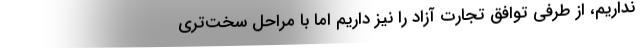
نداریم، از طرفی توافق تجارت آزاد را نیز داریم اما با مراحل سخت‌تری